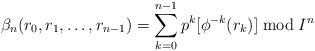
LaTeX: \begin{align*}\beta_n(r_0, r_1, \dots, r_{n-1})=\sum_{k=0}^{n-1}p^k[\phi^{-k}(r_k)] \bmod I^n \end{align*}